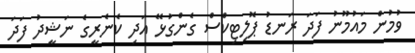
ވުމުން މައުމޫނު ފަދަ ރަނޑު ޕޮލިޓިކްސް ގެންގުޅޭ އަދި ކެނެރީގެ ނަޝީދު ފަދަ